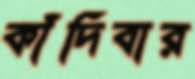
কাঁদিবার